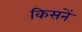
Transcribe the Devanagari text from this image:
किसनें